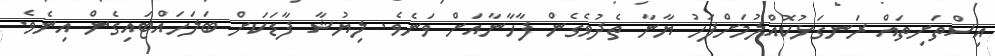
އިސްތަށިތައް ރަނގަޅުކޮއްލުމަށްފަހު ޔާނާ ތެދުވެގެން ފާހާނާއަށް ވަނެވެ. ލިޔުޝާ ފާޑަކަށް ބަލަހައްޓައިގެން އިނެވެ.